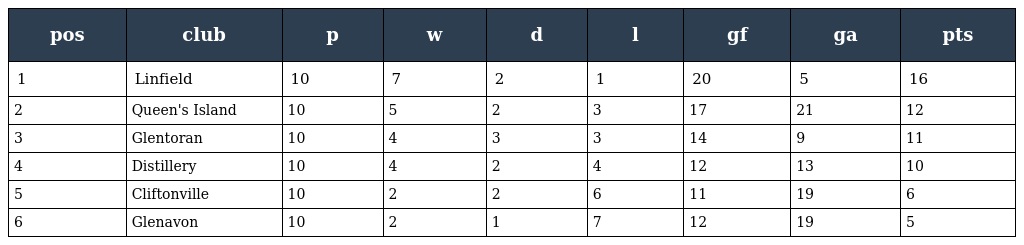
| pos | club | p | w | d | l | gf | ga | pts |
 | --- | --- | --- | --- | --- | --- | --- | --- | --- |
 | 1 | Linfield | 10 | 7 | 2 | 1 | 20 | 5 | 16 |
 | 2 | Queen's Island | 10 | 5 | 2 | 3 | 17 | 21 | 12 |
 | 3 | Glentoran | 10 | 4 | 3 | 3 | 14 | 9 | 11 |
 | 4 | Distillery | 10 | 4 | 2 | 4 | 12 | 13 | 10 |
 | 5 | Cliftonville | 10 | 2 | 2 | 6 | 11 | 19 | 6 |
 | 6 | Glenavon | 10 | 2 | 1 | 7 | 12 | 19 | 5 |